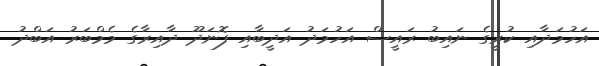
އަހުމަދާއި ކުރީގެ ނައިބު ރައީސް އަހުމަދު އަދީބާއި ފޮނަދޫ ދާއިރާގެ މެމްބަރު އަބްދު